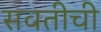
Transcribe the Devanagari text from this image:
सवतीची